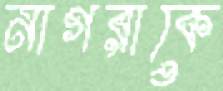
নাগরাকে